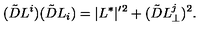
( \tilde { D } L ^ { i } ) ( \tilde { D } L _ { i } ) = | L ^ { * } | ^ { \prime } { } ^ { 2 } + ( \tilde { D } L _ { \perp } ^ { j } ) ^ { 2 } .